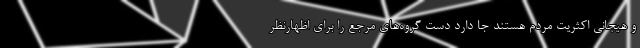
و هیجانی اکثریت مردم هستند جا دارد دست گروه‌های مرجع را برای اظهار‌نظر